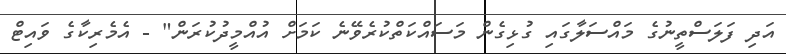
އަދި ފަލަސްތީނުގެ މައްސަލާގައި ގުޅިގެން މަސައްކަތްކުރެވޭނެ ކަމަށް އުއްމީދުކުރަން" - އެމެރިކާގެ ވައިޓް